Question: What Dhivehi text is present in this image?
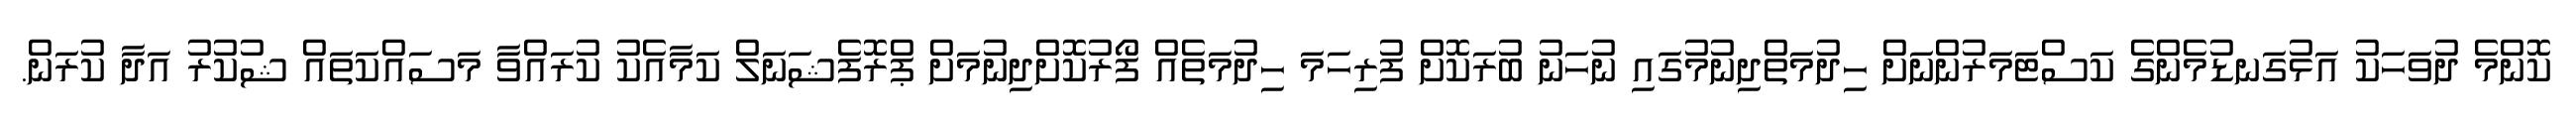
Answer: ކޮންމެ ދުވަހަކު އަޅުގަނޑުމެންގެ ކަސްޓަމަރުންނަށް ހިދުމަތްދިނުމުގައި ނުހަނު ބުރަކޮށް ފުރިހަމަ ހިދުމަތެއް ފޯރުކޮށްދިނުމަށް ޕްރޮފެޝަނަލް ކަމާއެކު ކުރައްވާ މަސައްކަތައް ޝުކުރު އަދާ ކުރަން.